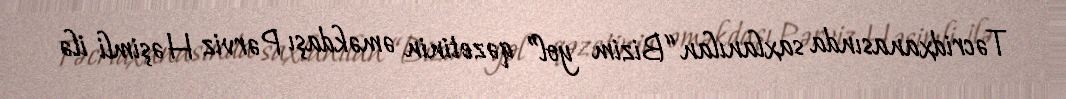
Təcridxanasında saxlanılan “Bizim yol” qəzetinin əməkdaşı Pərviz Həşimli ilə